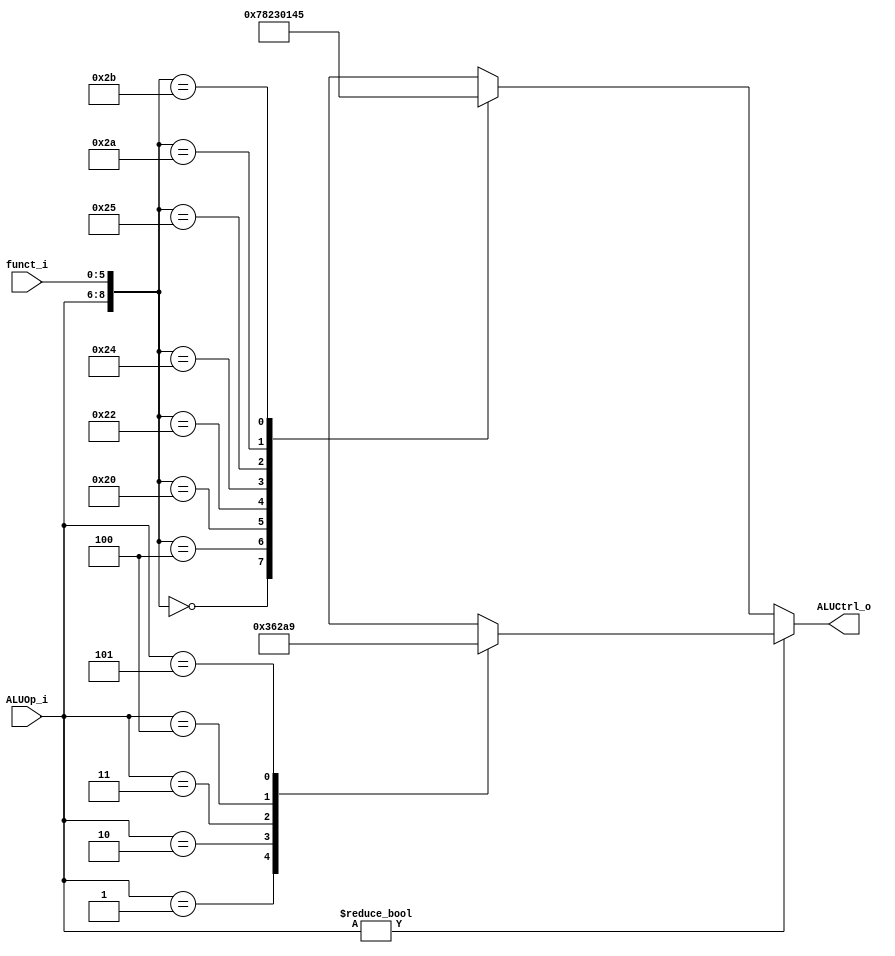
//Subject:     CO project 2 - ALU Controller
//--------------------------------------------
//Student: 0411276 Chen Yi An
//Student: 0413335 Kuo Yi Lin
//--------------------------------------------

module ALU_Ctrl(
          funct_i,
          ALUOp_i,
          ALUCtrl_o
          );
          
//I/O ports 
input      [6-1:0] funct_i;
input      [3-1:0] ALUOp_i;

output     [4-1:0] ALUCtrl_o;    
     
//Internal Signals
reg        [4-1:0] ALUCtrl_o;

//Parameter
parameter ALU_AND  = 4'd0;
parameter ALU_OR   = 4'd1;
parameter ALU_ADD  = 4'd2;
parameter ALU_SUB  = 4'd3;
parameter ALU_SLT  = 4'd4;
parameter ALU_SLTU = 4'd5;
parameter ALU_BNE  = 4'd6;
parameter ALU_SLL  = 4'd7;
parameter ALU_SLLV = 4'd8;
parameter ALU_LUI  = 4'd9;
parameter ALU_ORI  = 4'd10;
parameter ALU_DONTCARE = 4'bxxxx;


parameter OP_FIELD_0  = 3'b000; 
parameter OP_FIELD_4  = 3'b001; 
parameter OP_FIELD_5  = 3'b010; 
parameter OP_FIELD_8  = 3'b011; 
parameter OP_FIELD_13 = 3'b100; 
parameter OP_FIELD_15 = 3'b101; 

//Select exact operation

always @(*)begin
    //I-type instrucitons
    if( ALUOp_i != OP_FIELD_0 )begin
        case( ALUOp_i)
            OP_FIELD_4:  ALUCtrl_o = ALU_SUB  ;
            OP_FIELD_5:  ALUCtrl_o = ALU_BNE  ;
            OP_FIELD_8:  ALUCtrl_o = ALU_ADD  ;
            OP_FIELD_13: ALUCtrl_o = ALU_ORI  ;
            OP_FIELD_15: ALUCtrl_o = ALU_LUI  ;
            default: 
                ALUCtrl_o = ALU_DONTCARE;
        endcase
    end

    //R-type instrucitons 
    //OP_field == 0
	else begin
    case( { ALUOp_i, funct_i } )
        { OP_FIELD_0,  6'h00 }: ALUCtrl_o = ALU_SLL  ;
        { OP_FIELD_0,  6'h04 }: ALUCtrl_o = ALU_SLLV ;
        { OP_FIELD_0,  6'h20 }: ALUCtrl_o = ALU_ADD  ;
        { OP_FIELD_0,  6'h22 }: ALUCtrl_o = ALU_SUB  ;
        { OP_FIELD_0,  6'h24 }: ALUCtrl_o = ALU_AND  ;
        { OP_FIELD_0,  6'h25 }: ALUCtrl_o = ALU_OR   ;
        { OP_FIELD_0,  6'h2a }: ALUCtrl_o = ALU_SLT  ;
        { OP_FIELD_0,  6'h2b }: ALUCtrl_o = ALU_SLTU ;

        default: 
            ALUCtrl_o = ALU_DONTCARE;
    endcase 
	 end
end

endmodule